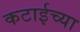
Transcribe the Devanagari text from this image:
कटाईच्या